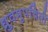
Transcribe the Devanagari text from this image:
ध्रुवमुपचितो